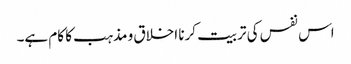
اس نفس کی تربیت کرنا اخلاق و مذہب کا کام ہے۔